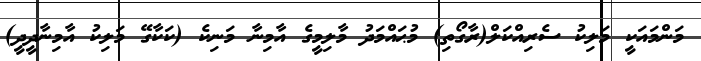
މަންމައަކީ މަލިކު ސެރިއްކަލް(ރާގޯތި) މުޙައްމަދު މާލިމީގެ އާމިނާ މަނިކެ (ކަކާގޭ މަލިކު އާމިނާދީދީ)